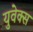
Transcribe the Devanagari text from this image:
युवेक्स